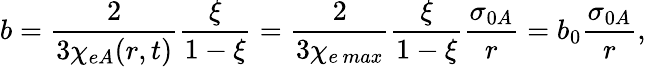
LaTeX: b=\frac{2}{3\chi_{eA}(r,t)}\frac{\xi}{1-\xi}=\frac{2}{3\chi_{e\, max}}\frac{\xi}{1-\xi}\frac{\sigma_{0A}}{r}=b_{0}\frac{\sigma_{0A}}{r},